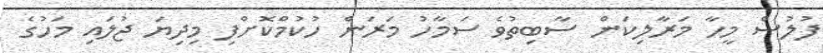
ފުލުސް މީހާ މަރާލިކަން ސާބިތުވެ ސަމާހު މަރަން ހުކުމްކޮށްފި މިދިޔަ ޖުލައި މަހުގެ